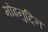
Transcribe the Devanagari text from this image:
मोइनुद्दिन